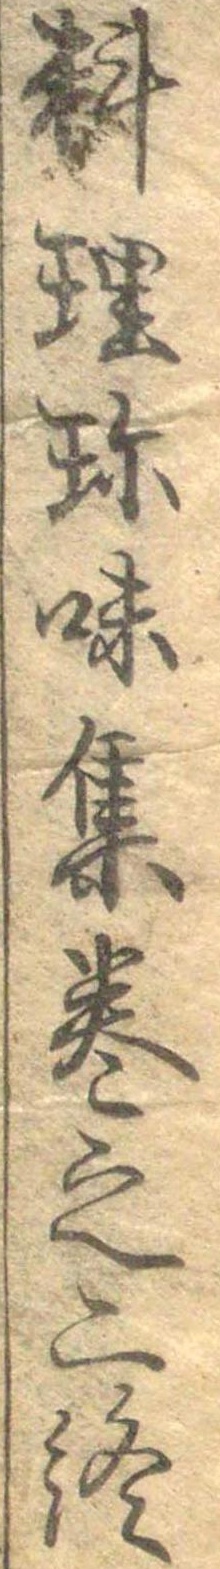
料理珍味集巻之二終